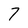
Character: 7